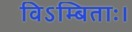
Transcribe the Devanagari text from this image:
विऽम्बिताः।